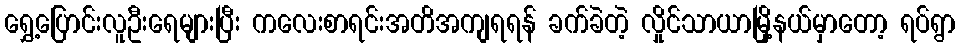
ရွှေ့ပြောင်းလူဦးရေများပြီး ကလေးစာရင်းအတိအကျရရန် ခက်ခဲတဲ့ လှိုင်သာယာမြို့နယ်မှာတော့ ရပ်ရွာ